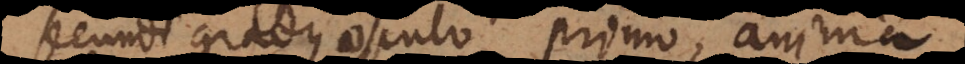
secundi gradus osculo primo, anima